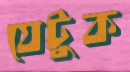
যেটুক